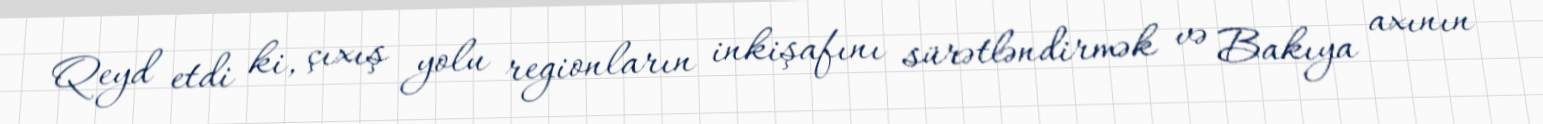
Qeyd etdi ki, çıxış yolu regionların inkişafını sürətləndirmək və Bakıya axının